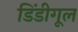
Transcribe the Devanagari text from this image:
डिंडीगूल